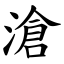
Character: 滄